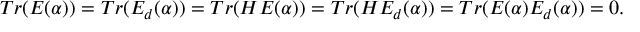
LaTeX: T r ( E ( \alpha ) ) = T r ( E _ { d } ( \alpha ) ) = T r ( H E ( \alpha ) ) = T r ( H E _ { d } ( \alpha ) ) = T r ( E ( \alpha ) E _ { d } ( \alpha ) ) = 0 .